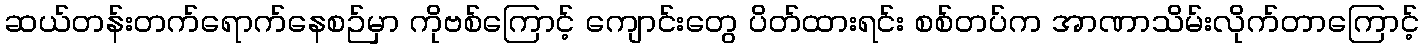
ဆယ်တန်းတက်ရောက်နေစဉ်မှာ ကိုဗစ်ကြောင့် ကျောင်းတွေ ပိတ်ထားရင်း စစ်တပ်က အာဏာသိမ်းလိုက်တာကြောင့်